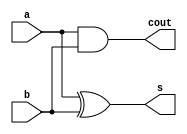
/*
 * Half adder: Adds two bits, and gives their sum and carry-out
 */
module half_adder(
    input a,
    input b,
    output s,
    output cout
);
    assign s = a ^ b;
    assign cout = a & b;
endmodule